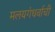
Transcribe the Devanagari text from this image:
मलयगंधर्वाची